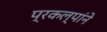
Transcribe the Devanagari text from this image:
प्रकल्पांने